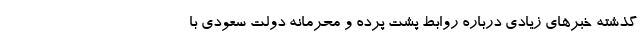
گذشته خبرهای زیادی درباره روابط پشت پرده و محرمانه دولت سعودی با